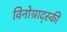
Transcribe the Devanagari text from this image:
विनोग्राद्स्की